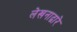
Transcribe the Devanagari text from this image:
लेखनाद्वारे